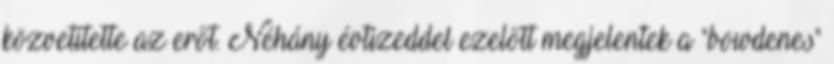
közvetítette az erőt. Néhány évtizeddel ezelőtt megjelentek a "bowdenes"